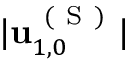
\vert \mathbf { u } _ { 1 , 0 } ^ { \mathrm { ~ ( ~ S ~ ) ~ } } \vert